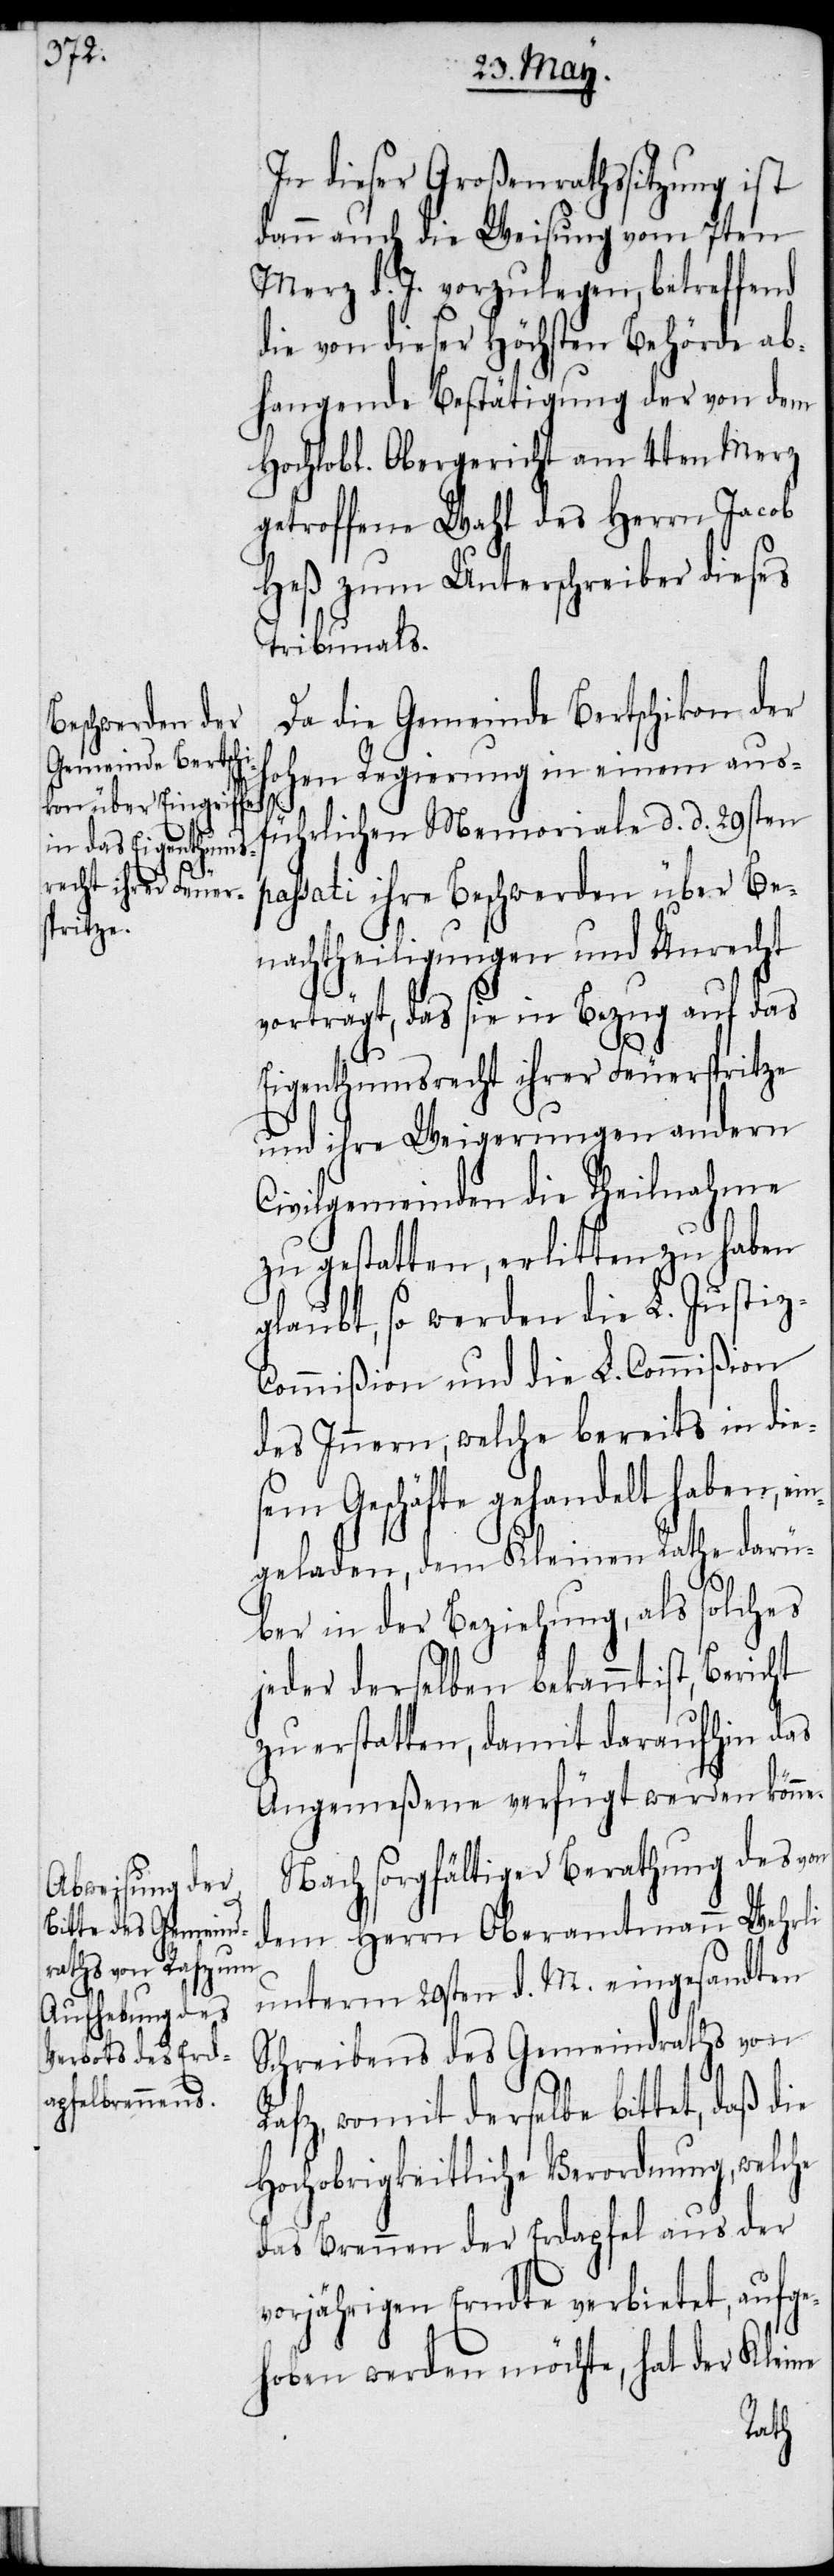
In dieser Großenrathssitzung ist
dann auch die Weisung vom 7ten
Merz d. J. vorzulegen, betreffend
die von dieser Höchsten Behörde ab¬
hangende Bestätigung der von dem
Hochlobl. Obergericht am 4ten Merz
getroffene Wahl des Herrn Jacob
Heß zum Unterschreiber dieses
Tribunals.
Da die Gemeinde Bertschikon der
hohen Regierung in einem aus¬
führlichen Memoriale d. d. 29sten
passati ihre Beschwerden über Be¬
nachtheiligungen und Unrecht
vorträgt, das sie in Bezug auf das
Eigenthumsrecht ihrer Feuerspritze
und ihre Weigerungen andern
Civilgemeinden die Theilnahme
zu gestatten, erlitten zu haben
glaubt, so werden die L. Justiz-C¬
ommißion und die L. Commißion
des Innern, welche bereits in die¬
sem Geschäfte gehandelt haben, e¬
ingeladen, dem Kleinen Rathe darü¬
ber in der Beziehung, als solches
jeder derselben bekannt ist, Bericht
zu erstatten, damit daraufhin das
Angemeßene verfügt werden könne.
Nach sorgfältiger Berathung des von
dem Herrn Oberamtmann Wehrli
unterm 29sten d. M. eingesandten
Schreibens des Gemeindraths von
Rafz, womit derselbe bittet, daß
Hochobrigkeitliche Verordnung, welche
das Brennen der Erdapfel aus der
vorjährigen Erndte verbietet, aufge¬
hoben werden möchte, hat der Kleine